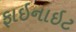
ફાઇનાઇટ